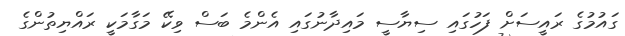
ގައުމުގެ ރައީސަށް ފަހުގައި ސިޔާސީ މައިދާނުގައި އެންމެ ބަސް ވިކޭ މަގާމަކީ ރައްޔިތުންގެ